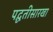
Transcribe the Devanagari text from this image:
पद्घतीसारखा